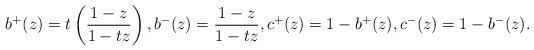
LaTeX: \begin{align*}b^+(z) = \displaystyle t \left( \frac{1-z}{1-tz} \right), b^-(z) = \displaystyle \frac{1-z}{1-tz}, c^+(z) & =1-b^+(z), c^-(z) =1-b^-(z).\end{align*}